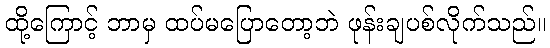
ထို့ကြောင့် ဘာမှ ထပ်မပြောတော့ဘဲ ဖုန်းချပစ်လိုက်သည်။